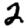
Digit: 2